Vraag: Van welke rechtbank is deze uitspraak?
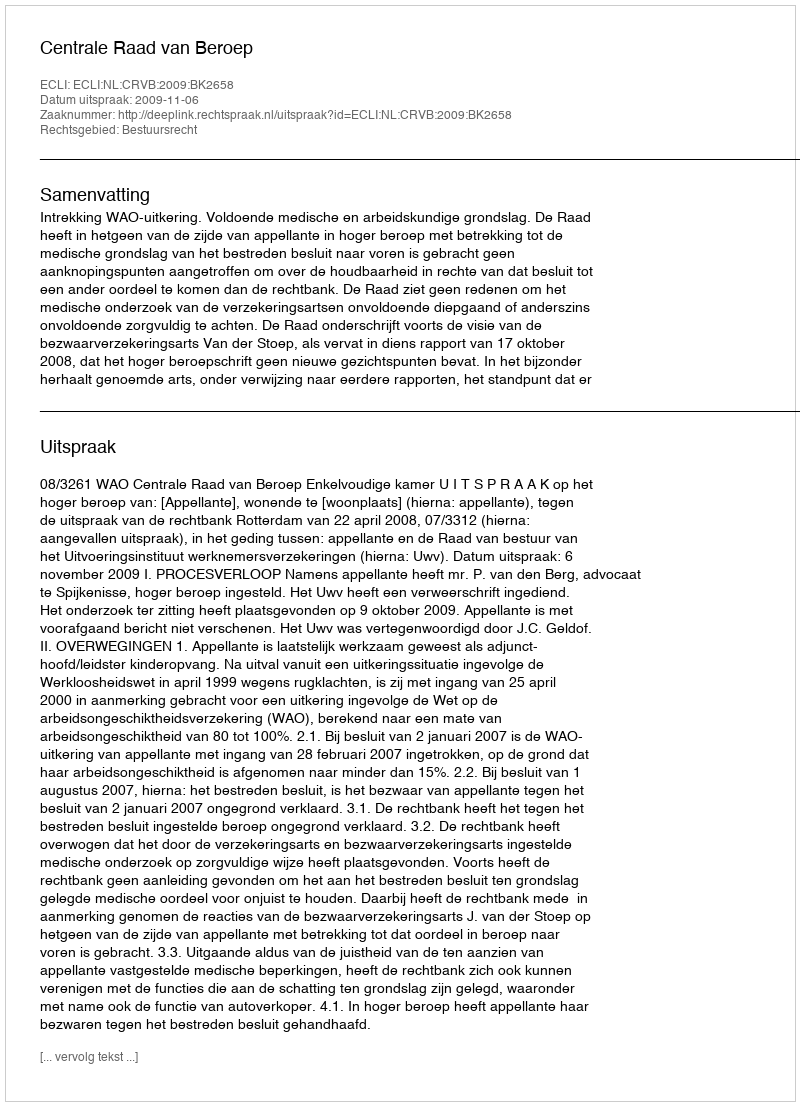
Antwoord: Centrale Raad van Beroep